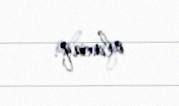
olacaq.